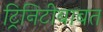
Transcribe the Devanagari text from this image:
ट्रिनिटीबाबत